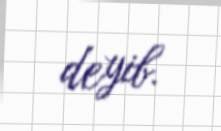
deyib.